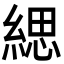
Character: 緦